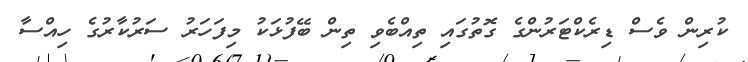
ކުރިން ވެސް ޑިރެކްޓަރުންގެ ގޮތުގައި ތިއްބެވި ތިން ބޭފުޅަކު މިފަހަރު ސަރުކާރުގެ ހިއްސާ